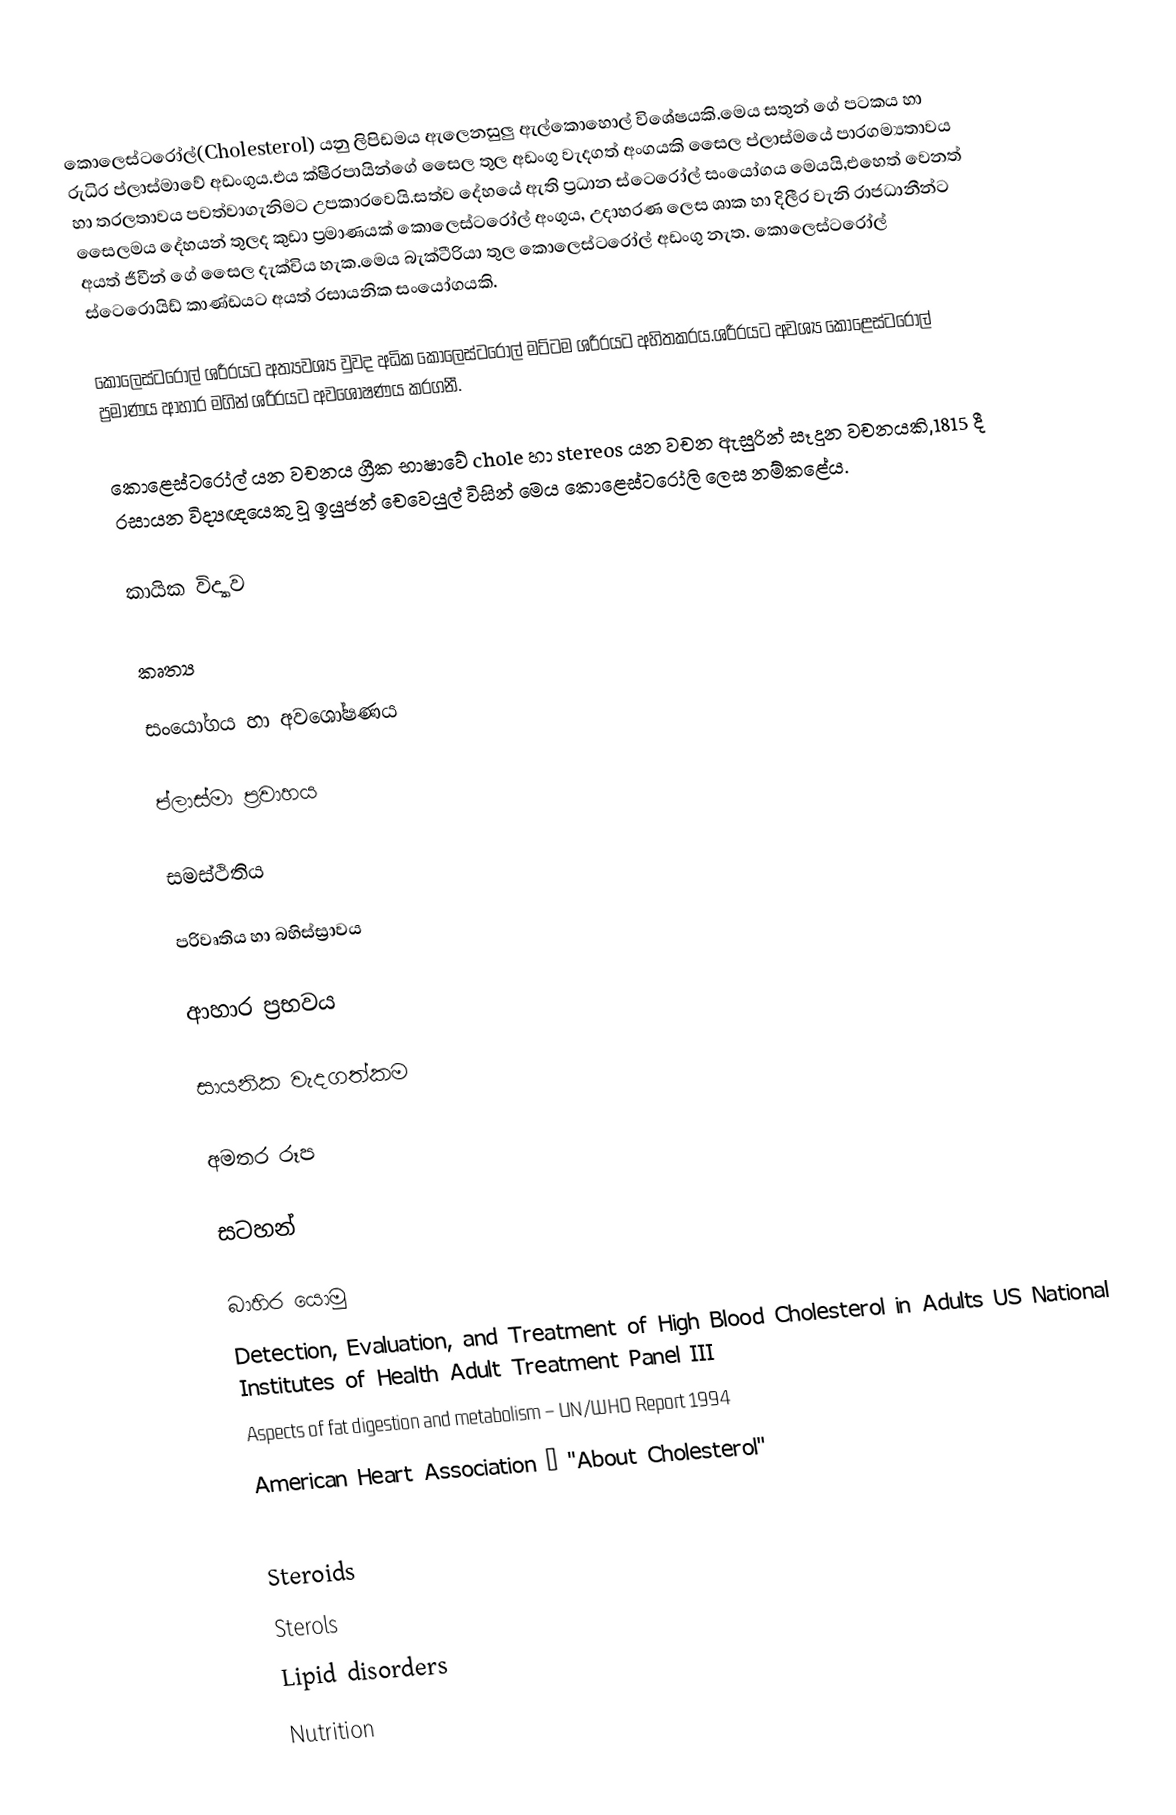
කොලෙස්ටරෝල්(Cholesterol) යනු ලිපිඩමය ඇලෙනසුලු ඇල්කොහොල් විශේෂයකි.මෙය සතුන් ගේ පටකය හා රුධිර ප්ලාස්මාවේ අඩංගුය.එය ක්ෂීරපායින්ගේ සෛල තුල අඩංගු වැදගත් අංගයකි සෛල ප්ලාස්මයේ පාරගම්‍යතාවය හා තරලතාවය පවත්වාගැනිමට උපකාරවෙයි.සත්ව දේහයේ ඇති ප්‍රධාන ස්ටෙරෝල් සංයෝගය මෙයයි,එහෙත් වෙනත් සෛලමය දේහයන් තුලද කුඩා ප්‍රමාණයක් කොලෙස්ටරෝල් අංගුය, උදාහරණ ලෙස ශාක හා දිලීර වැනි රාජධානීන්ට අයත් ජීවීන් ගේ සෛල දැක්විය හැක.මෙය බැක්ටීරියා තුල කොලෙස්ටරෝල් අඩංගු නැත. කොලෙස්ටරෝල් ස්ටෙරොයිඩ් කාණ්ඩයට අයත් රසායනික සංයෝගයකි.

කොලෙස්ටරෝල් ශරීරයට අත්‍යවශ්‍ය වුවද අධික කොලෙස්ටරෝල් මට්ටම ශරීරයට අහිතකරය.ශරීරයට අවශ්‍ය කොළෙස්ටරෝල් ප්‍රමාණය ආහාර මගින් ශරීරයට අවශෝෂණය කරගනී.

කොළෙස්ටරෝල් යන වචනය ග්‍රීක භාෂාවේ chole හා stereos යන වචන ඇසුරින් සෑදුන වචනයකි,1815 දී රසායන විද්‍යඥයෙකු වූ ඉයුජන් චෙවෙයුල් විසින් මෙය කොළෙස්ටරෝලි ලෙස නම්කළේය.

කායික විද්‍යාව

කෘත්‍ය

සංයෝගය හා අවශෝෂණය

ප්ලාස්මා ප්‍රවාහය

සමස්ථිතිය

පරිවෘතිය හා බහිස්ස්‍රාවය

ආහාර ප්‍රභවය

සායනික වැදගත්කම

අමතර රූප

සටහන්

බාහිර යොමු
 Detection, Evaluation, and Treatment of High Blood Cholesterol in Adults US National Institutes of Health Adult Treatment Panel III
 Aspects of fat digestion and metabolism – UN/WHO Report 1994
 American Heart Association – "About Cholesterol"

Steroids
Sterols
Lipid disorders
Nutrition